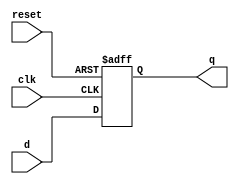
`timescale 1ns / 1ps
//////////////////////////////////////////////////////////////////////////////////
// Company: 
// Engineer: 
// 
// Design Name: 
// Module Name: flopr
// Project Name: 
// Target Devices: 
// Tool Versions: 
// Description: 
// 
// Dependencies: 
// 
// Revision:
// Revision 0.01 - File Created
// Additional Comments:
// 
//////////////////////////////////////////////////////////////////////////////////


module flopr(
input clk, reset,
input [31:0]d,
output reg [31:0]q
);

always @(posedge clk, posedge reset) begin
if(reset)q<=0;
else q<=d;
end
endmodule